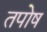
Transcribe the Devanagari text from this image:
तपोष